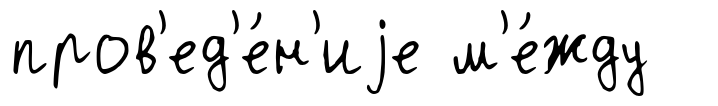
пров'ед'е́н'иjе м'е́жду